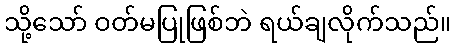
သို့သော် ဝတ်မပြုဖြစ်ဘဲ ရယ်ချလိုက်သည်။